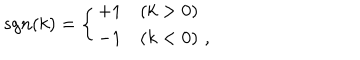
LaTeX: s g n ( k ) = \left\{ \begin{array} { l l } { { + 1 } } & { { ( k > 0 ) } } \\ { { - 1 } } & { { ( k < 0 ) \, \, , } } \\ \end{array} \right.